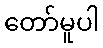
တော်မူပါ